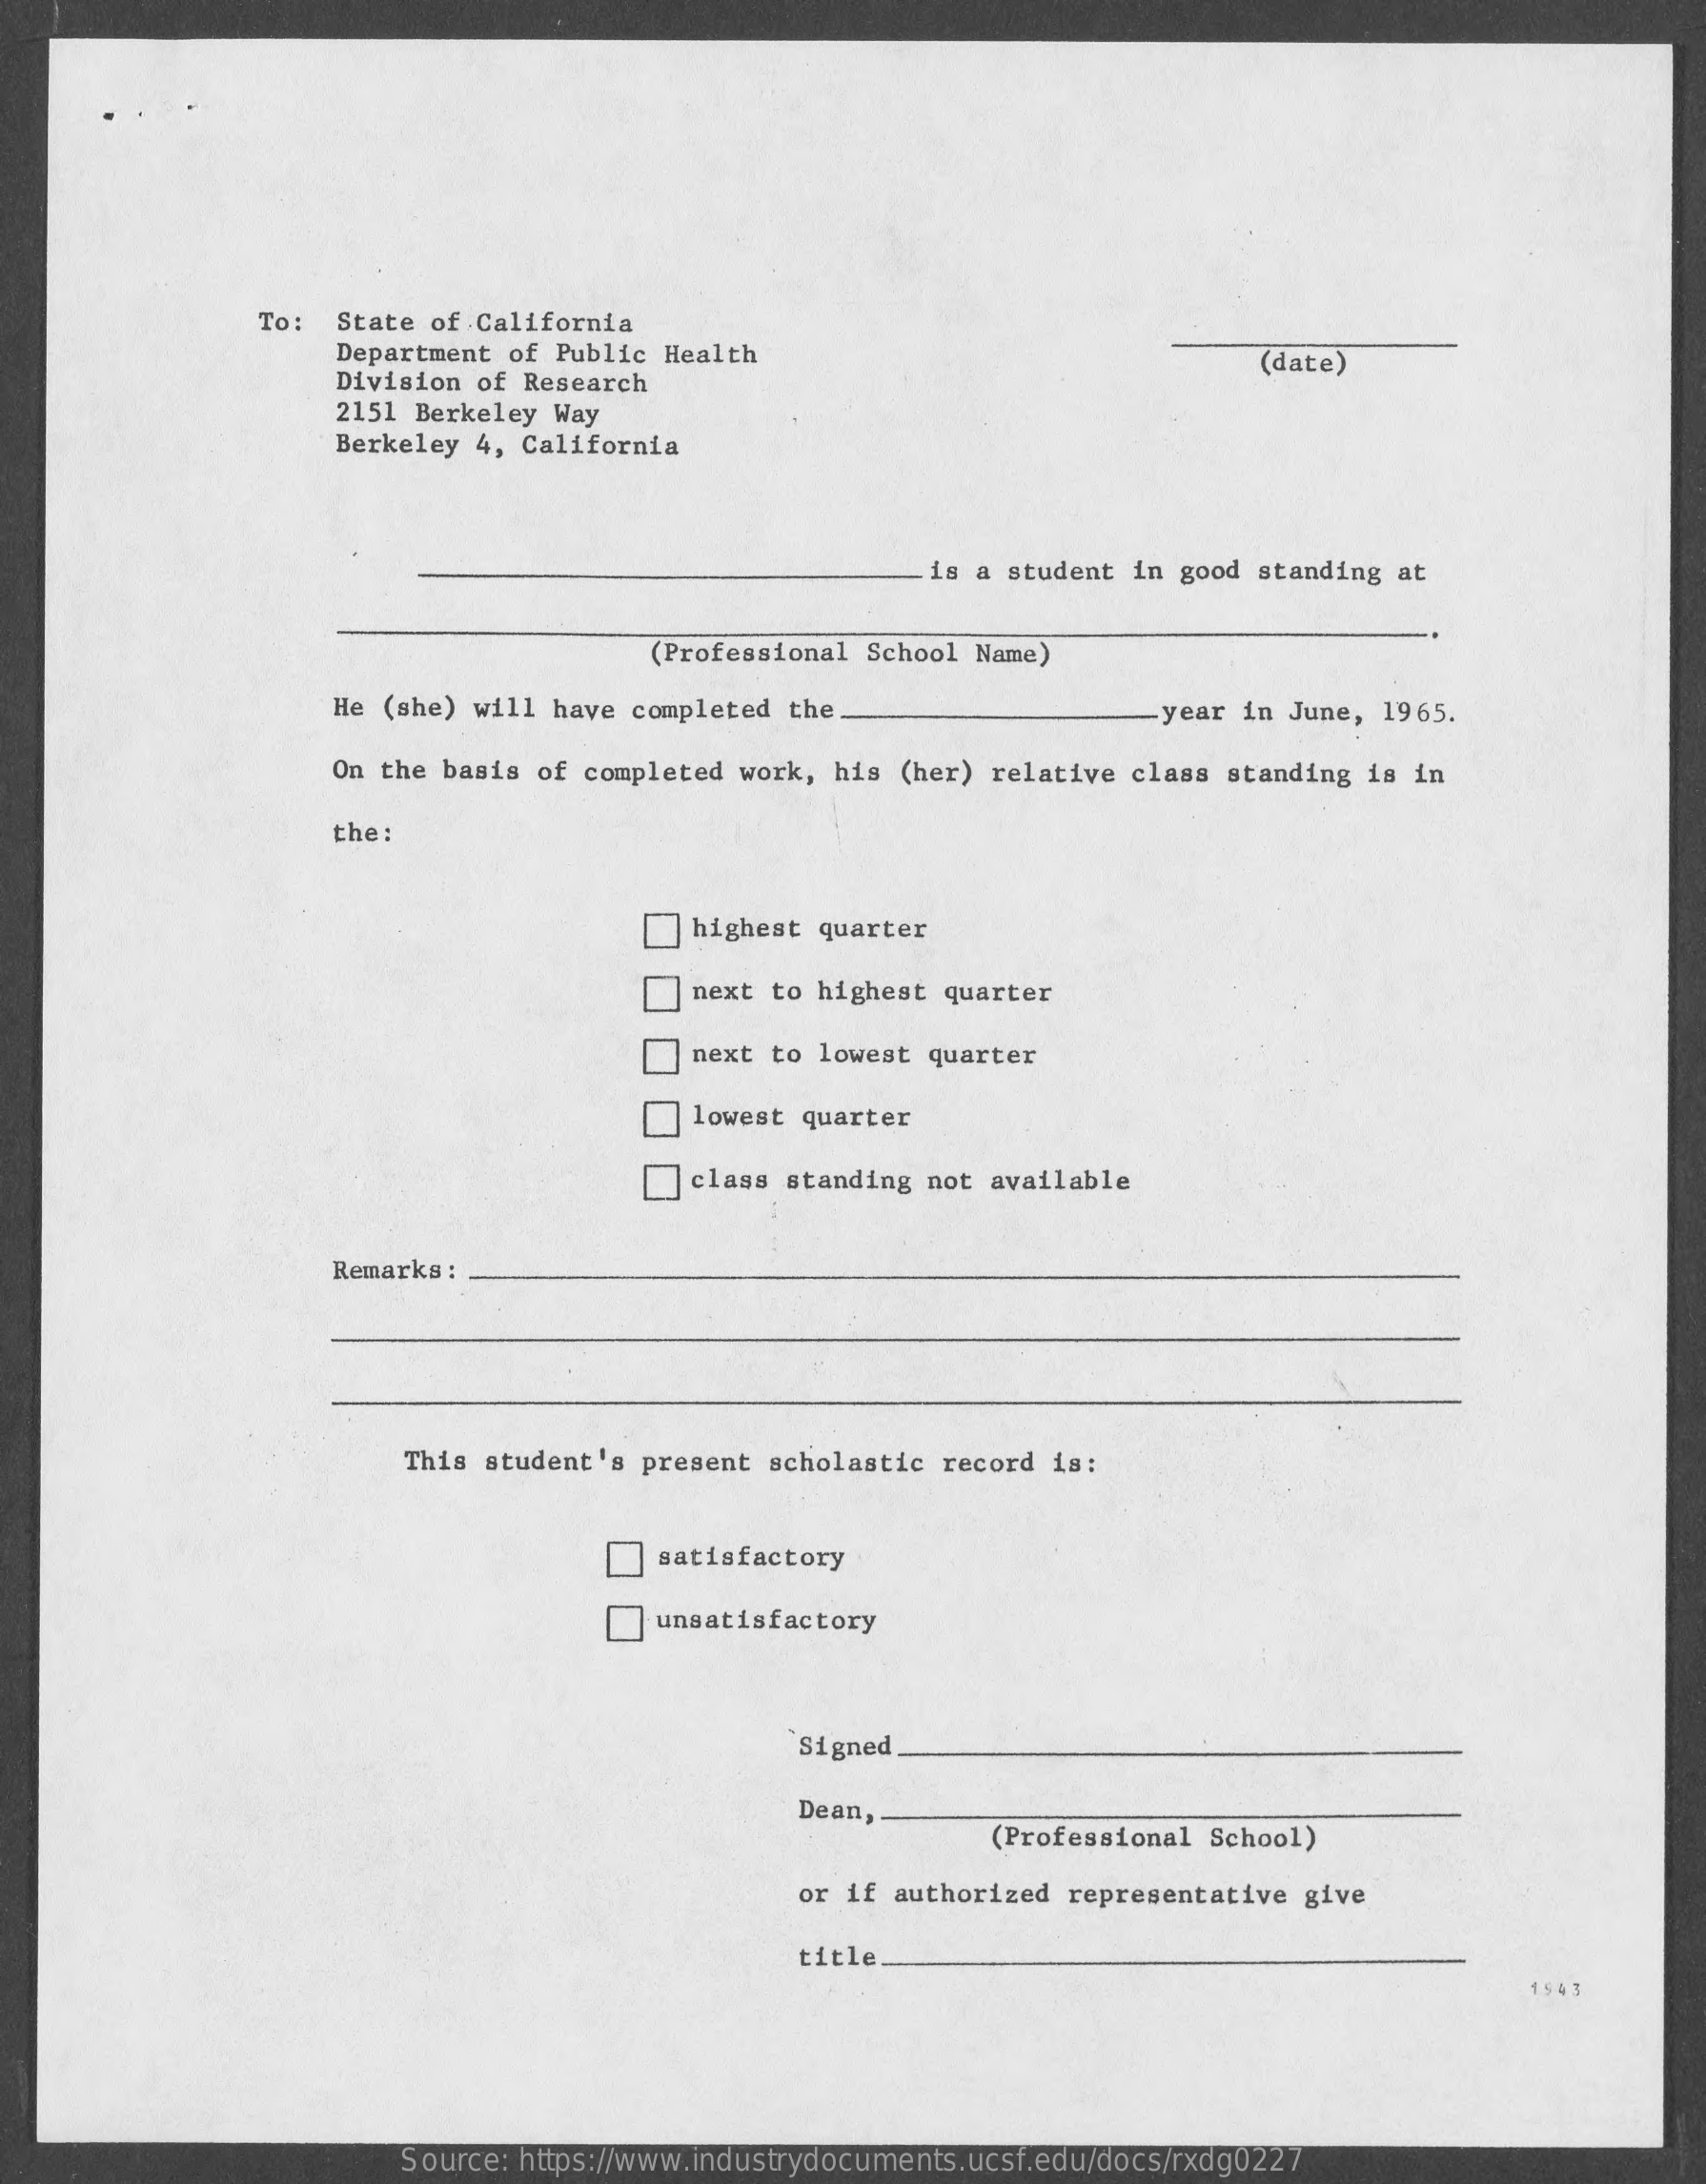
To:  State of California
     Department of Public Health
     Division of Research
     (date)
     2151 Berkeley Way
     Berkeley 4, California
     is a student in good standing at
     (Professional School Name)
     He (she) will have completed  the    year in June,  1965.
     On the basis of completed work,  his (her) relative class standing  is in
     the:
     highest quarter
     next to  highest quarter
     next to lowest quarter
     lowest quarter
     _class  standing  not available
     Remarks:
     This student's present scholastic  record is:
     satisfactory
     unsatisfactory
     Signed
     Dean,
     (Professional School)
     or if authorized representative give
     title.
     1543
     Source: https://www.industrydocuments.ucsf.edu/docs/rxdg0227